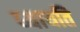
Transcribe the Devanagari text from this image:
ध्यायति